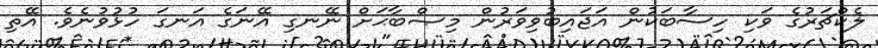
ލެކްޗަރުގެ ވަކި ހިސާބަކުން އަޖައިބުވިވަރުން މިޞްބާޙަށް ނޭނގި އޭނަގެ އަނގަ ހުޅުވުނެވެ. އޭތި